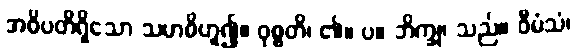
အဓိပတိရှိသော သမာဓိဟူ၍။ ဝုစ္စတိ၊ ၏။ ပ။ ဘိက္ခု၊ သည်။ ဝီမံသံ၊